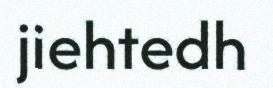
jiehtedh